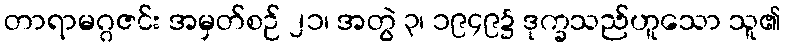
တာရာမဂ္ဂဇင်း အမှတ်စဉ် ၂၁၊ အတွဲ ၃၊ ၁၉၄၉၌ ဒုက္ခသည်ဟူသော သူ၏